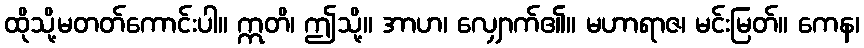
ထိုသို့မတတ်ကောင်းပါ။ ဣတိ၊ ဤသို့။ အာဟ၊ လျှောက်၏။ မဟာရာဇ၊ မင်းမြတ်။ ကေန၊